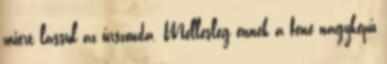
miért lassul az űrszonda. Mellesleg ennek a fene nagyképű